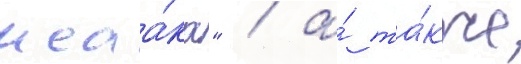
исаа́ка" / а́ та́кже